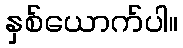
နှစ်ယောက်ပါ။